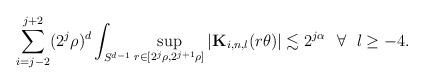
LaTeX: \begin{align*}\sum_{i=j-2}^{j+2}(2^j\rho)^d\int_{S^{d-1}}\sup_{r\in [2^{j}\rho,2^{j+1}\rho]}|\mathbf{K}_{i,n,l}(r\theta)|\lesssim2^{j\alpha}~~\forall~~l\geq -4.\end{align*}